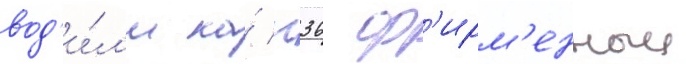
вод'и́л'и на́ п36 ф'ирм'енныи